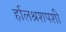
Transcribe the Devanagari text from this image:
र्हालश्रशपशी